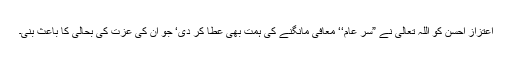
اعتزاز احسن کو اللہ تعالیٰ نے ”سرِ عام‘‘ معافی مانگنے کی ہمت بھی عطا کر دی‘ جو ان کی عزت کی بحالی کا باعث بنی۔